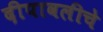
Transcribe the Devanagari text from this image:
दीपावलीचे